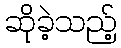
ဆိုခဲ့သည့်